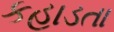
કહાડતા